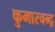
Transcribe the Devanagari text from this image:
कुमारचन्द्र